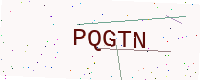
Text: PQGTN